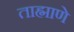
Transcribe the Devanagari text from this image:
ताह्माणे